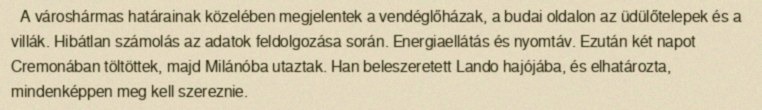
A városhármas határainak közelében megjelentek a vendéglőházak, a budai oldalon az üdülőtelepek és a villák. Hibátlan számolás az adatok feldolgozása során. Energiaellátás és nyomtáv. Ezután két napot Cremonában töltöttek, majd Milánóba utaztak. Han beleszeretett Lando hajójába, és elhatározta, mindenképpen meg kell szereznie.